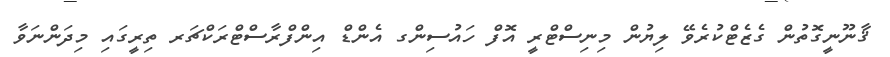
ޤާނޫނީގޮތުން ގެޒެޓްކުރެވޭ ލިޔުން މިނިސްޓްރީ އޮފް ހައުސިންގ އެންޑް އިންފްރާސްޓްރަކްޗަރ ތިރީގައި މިދަންނަވާ